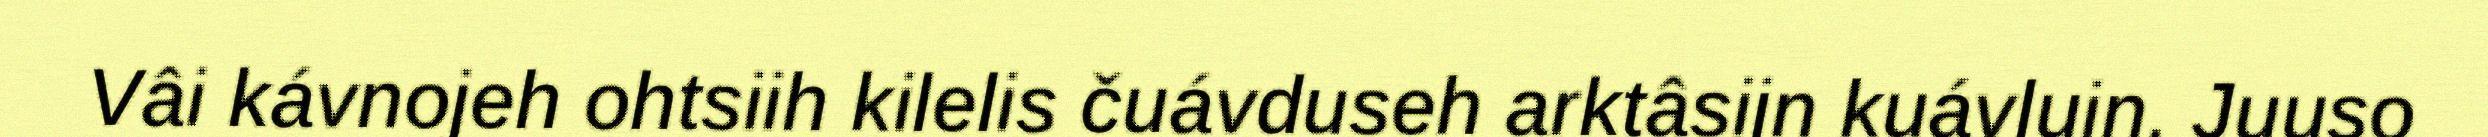
Vâi kávnojeh ohtsiih kilelis čuávduseh arktâsijn kuávluin, Juuso